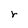
Character: r